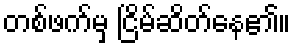
တစ်ဖက်မှ ငြိမ်ဆိတ်နေ၏။